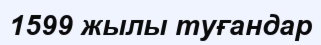
1599 жылы туғандар